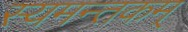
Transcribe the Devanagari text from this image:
स्यमन्तकम्